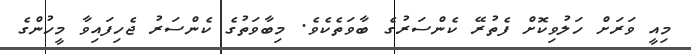
މިއީ ވަރަށް ހަލުވިކޮށް ފެތުރޭ ކެންސަރުގެ ބާވަތެކެވެ. މިބާވަތުގެ ކެންސަރު ޖެހިފައިވާ މީހުންގެ